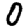
Digit: 0